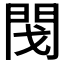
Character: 𨳮